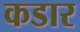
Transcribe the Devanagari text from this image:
कडार